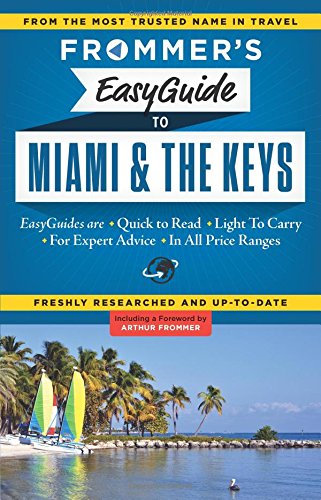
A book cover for Frommer's EasyGuide to Miami and the Keys (Easy Guides); David Paul Appell; Travel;